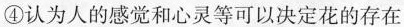
④认为人的感觉和心灵等可以决定花的存在